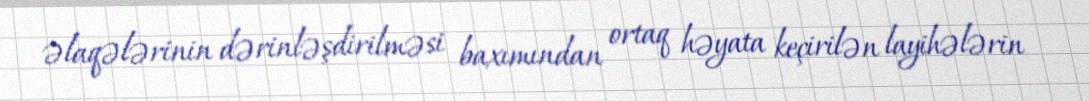
əlaqələrinin dərinləşdirilməsi baxımından ortaq həyata keçirilən layihələrin